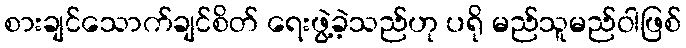
စားချင်သောက်ချင်စိတ် ရေးဖွဲ့ခဲ့သည်ဟု ပရို မည်သူမည်ဝါဖြစ်